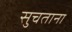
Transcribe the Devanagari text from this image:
सुचताना